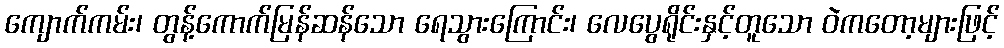
ကျောက်ကမ်း၊ တွန့်ကောက်မြန်ဆန်သော ရေသွားကြောင်း၊ လေပွေရိုင်းနှင့်တူသော ဝဲကတော့များဖြင့်